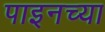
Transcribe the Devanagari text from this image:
पाइनच्या